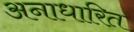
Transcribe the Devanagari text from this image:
अनाधारित